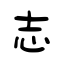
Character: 志